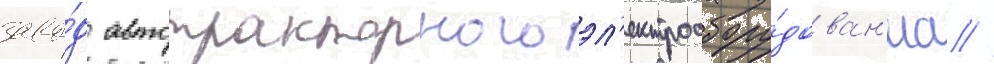
заво́д автотракторного эл'ектрообору́дован'иа /